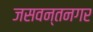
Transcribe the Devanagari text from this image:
जसवन्तनगर